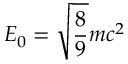
{ \cal { E } } _ { 0 } = \sqrt { \frac { 8 } { 9 } } m c ^ { 2 }